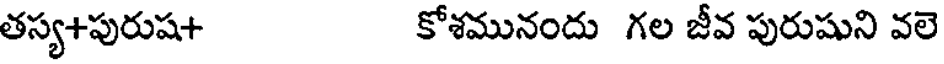
తస్య+పురుష+ కోశమునందు గల జీవ పురుషుని వలె